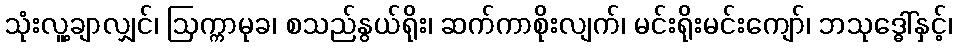
သုံးလူ့ချာလျှင်၊ ဩက္ကာမုခ၊ စသည်နွယ်ရိုး၊ ဆက်ကာစိုးလျက်၊ မင်းရိုးမင်းကျော်၊ ဘသုဒ္ဓေါ်နှင့်၊